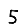
Digit: 5